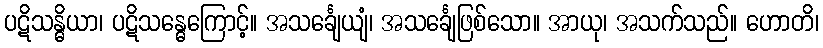
ပဋိသန္ဓိယာ၊ ပဋိသန္ဓေကြောင့်။ အသင်္ချေယျံ၊ အသင်္ချေဖြစ်သော။ အာယု၊ အသက်သည်။ ဟောတိ၊